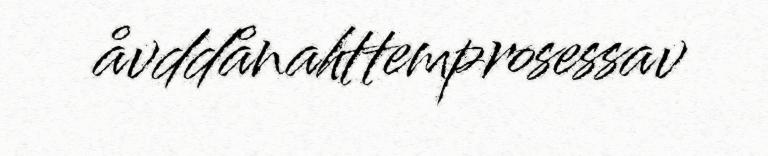
åvddånahttemprosessav